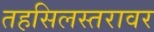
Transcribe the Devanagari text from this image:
तहसिलस्तरावर